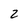
Character: 2